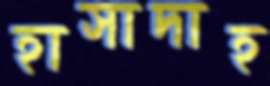
হাসাদাহ